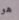
هو